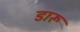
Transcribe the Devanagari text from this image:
डारू